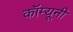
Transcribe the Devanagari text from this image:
कॉम्यूनी